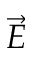
\vec { E }